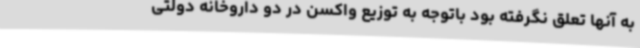
به آنها تعلق نگرفته بود باتوجه به توزیع واکسن در دو داروخانه دولتی